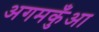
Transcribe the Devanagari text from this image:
अगमकुँआ